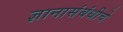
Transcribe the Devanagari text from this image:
ज्ञानासंबंधीचे